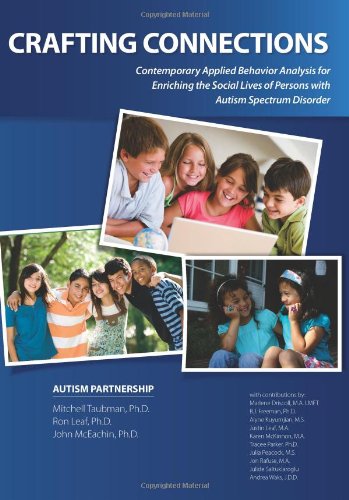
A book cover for Crafting Connections: Contemporary Applied Behavior Analysis for Enriching the Social Lives of Persons with Autism Spectrum Disorder; Mitchell Taubman; Health, Fitness & Dieting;